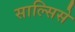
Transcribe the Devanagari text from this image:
साल्सिसे